Annual report of the Imperial Bacteriologist
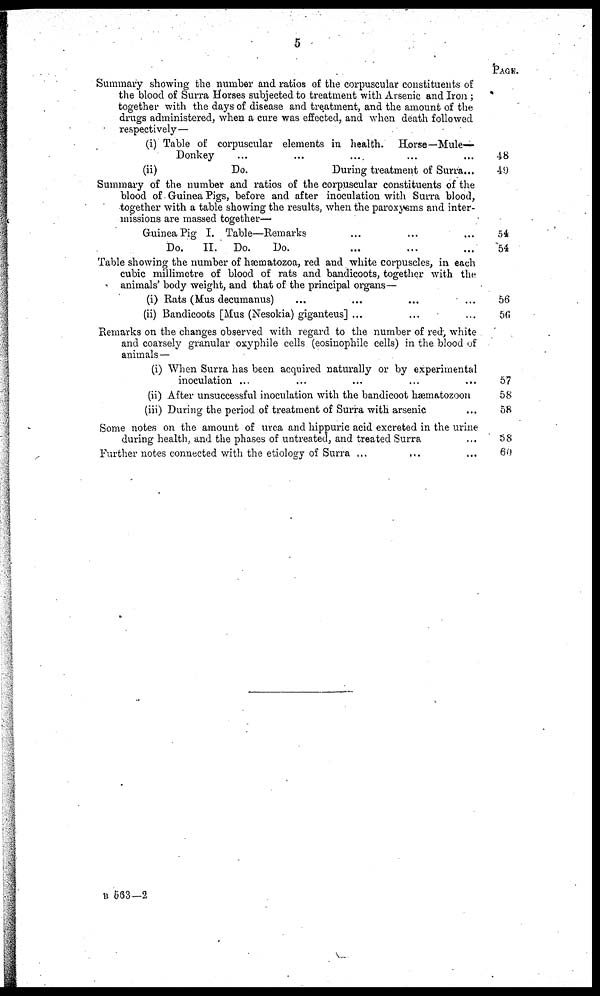
5
Summary showing the number and ratios of the corpuscular constituents of
the blood of Surra Horses subjected to treatment with Arsenic and Iron;
together with the days of disease and treatment, and the amount of the
drugs administered, when a cure was effected, and when death followed
respectively—
(i) Table of corpuscular elements in health. Horse—Mule-
Donkey... ....
(ii)
Do.
During treatment of Surra...
Summary of the number and ratios of the corpuscular constituents of the
blood of Guinea Pigs, before and after inoculation with Surra blood,
together with a table showing the results, when the paroxysms and inter-
missions are massed together—
Guinea Pig I. Table—Remarks
Do.
II. Do.
Do.
Table showing the number of hæmatozoa, red and white corpuscles, in each
cubic millimetre of blood of rats and bandicoots, together with the
animals' body weight, and that of the principal organs—
(i) Rats (Mus decumanus)
(ii) Bandicoots [Mus (Nesokia) giganteus] ...
Remarks on the changes observed with regard to the number of red, white
and coarsely granular oxyphile cells (eosinophile cells) in the blood of
animals—
(i) When Surra has been acquired naturally or by experimental
inoculation ...
...
...
...
...
(ii) After unsuccessful inoculation with the bandicoot hæmatozoon
(iii) During the period of treatment of Surra with arsenic
Some notes on the amount of urea and hippuric acid excreted in the urine
during health, and the phases of untreated, and treated Surra
Further notes connected with the etiology of Surra ...
PAGE.
48
49
54
54
56
56
57
58
58
58
60
B 563—2